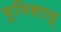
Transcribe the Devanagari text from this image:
भूमिसात्